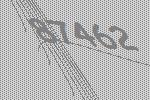
87462